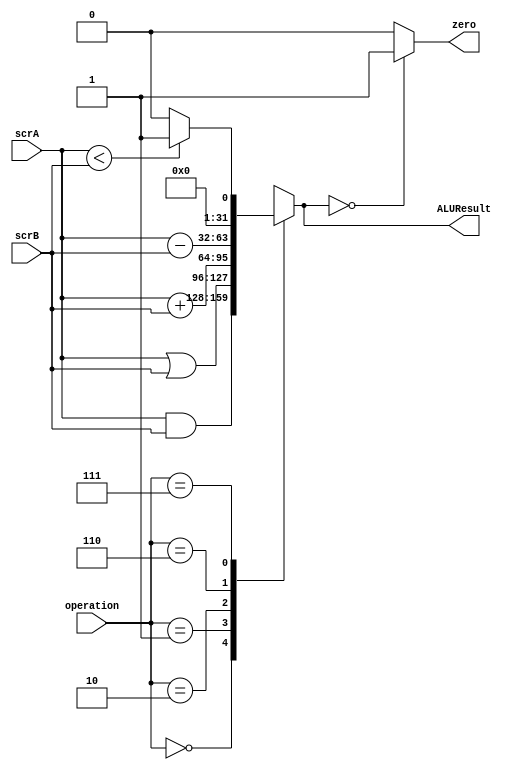

`timescale 1ns / 1ps
`default_nettype none

module alu(
	input wire [31:0]scrA,	
	input wire [31:0]scrB,	
	input wire [2:0]operation,		
	output reg [31:0]ALUResult,
	output wire zero		
);





	always @(scrA,scrB,operation)begin	
				
				
			case (operation)
				3'b000: 	ALUResult <= scrA & scrB; //AND				
				3'b001: 	ALUResult <= scrA | scrB; //OR						
				3'b010:	ALUResult <= scrA + scrB; //SUMA							
				3'b110:	ALUResult <= scrA - scrB;	// RESTA
				3'b111:	ALUResult <= (scrA < scrB) ? 1:0; //SLT
				//3'b000:	ALUResult <= {scrB[15:0], 16'b0}; //LUI				
				default: ALUResult <= 32'dx;
					
			endcase
	end



assign zero = (ALUResult == 0)? 1:0;


endmodule